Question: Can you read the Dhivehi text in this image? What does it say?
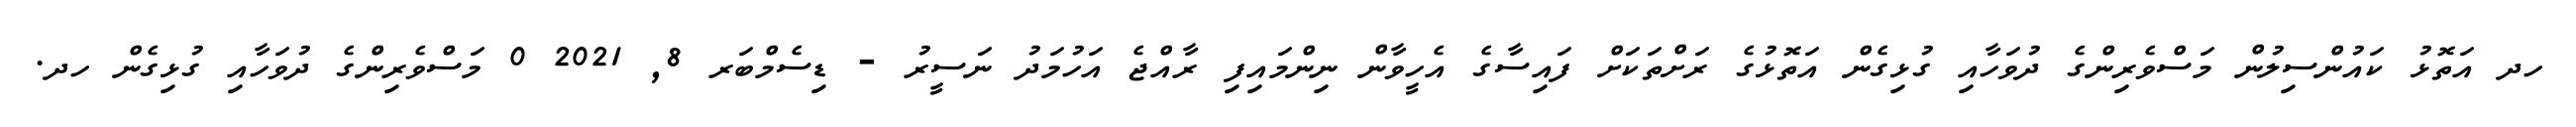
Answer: ހދ އަތޮޅު ކައުންސިލުން މަސްވެރިންގެ ދުވަހާއި ގުޅިގެން އަތޮޅުގެ ރަށްތަކަށް ފައިސާގެ އެހީވާން ނިންމައިފި ރާއްޖެ އަހުމަދު ނަސީރު - ޑިސެމްބަރ 8, 2021 0 މަސްވެރިންގެ ދުވަހާއި ގުޅިގެން ހދ.